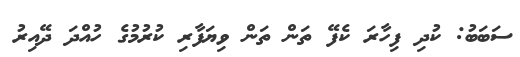
ސަބަބު: ކުދި ފިހާރަ ކެފޭ ތަން ތަން ވިޔަފާރި ކުރުމުގެ ހުއްދަ ދޭއިރު